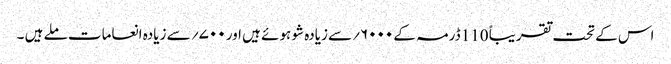
اس کے تحت تقریباً 110 ڈرمہ کے ۶۰۰۰؍سے زیادہ شو ہوئے ہیں اور ۷۰۰؍ سے زیادہ انعامات ملے ہیں ۔